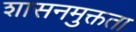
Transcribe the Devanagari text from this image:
शासनमुक्तता